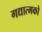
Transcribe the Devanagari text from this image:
गद्यात्‍मको